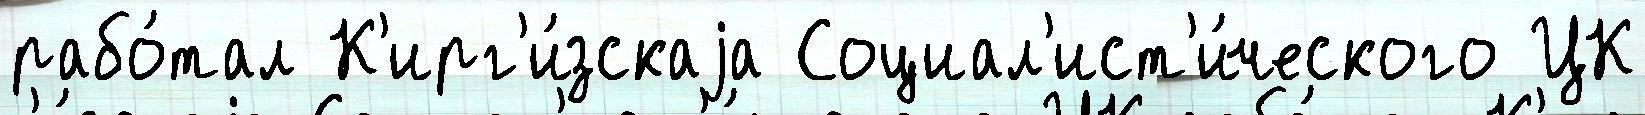
рабо́тал К'ирг'и́зскаjа Социал'ист'и́ческого ЦК